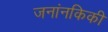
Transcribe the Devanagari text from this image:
जनांनकिकी